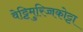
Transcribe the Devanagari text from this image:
वेट्टिमुरिच्चकोट्टा